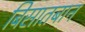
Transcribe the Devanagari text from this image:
बिसातबान